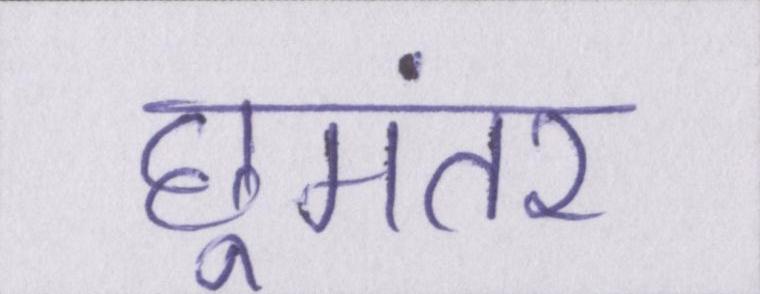
छूमंतर